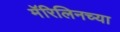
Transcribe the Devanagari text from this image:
मॅरिलिनच्या